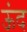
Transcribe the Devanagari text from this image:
ऊंद